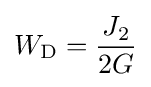
W_{\text{D}}={\frac {J_{2}}{2G}}\,\!